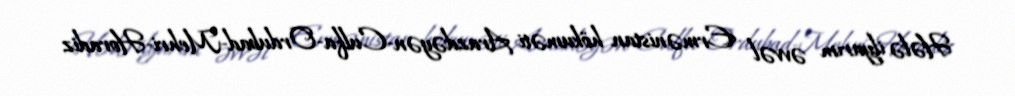
Hələ ilyarım əvvəl Ermənistan hökuməti Arazdəyən-Culfa-Ordubad-Mehri-Horadiz